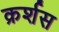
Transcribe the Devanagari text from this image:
क्रर्शस